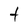
Character: t